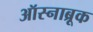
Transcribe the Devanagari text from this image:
ऑस्नाब्रूक